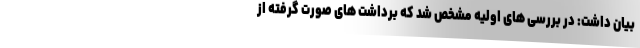
بیان داشت: در بررسی های اولیه مشخص شد که برداشت ‌های صورت گرفته از